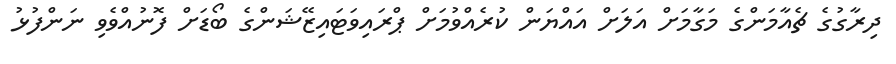
ދިރާގުގެ ޗެއާމަންގެ މަގާމަށް އަލަށް އައްޔަން ކުރެއްވުމަށް ޕްރައިވަޓައިޒޭޝަންގެ ބޯޑަށް ފޮނުއްވެވި ނަންފުޅު